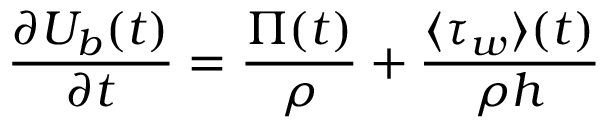
\frac { \partial U _ { b } ( t ) } { \partial t } = \frac { \Pi ( t ) } { \rho } + \frac { \langle \tau _ { w } \rangle ( t ) } { \rho h }